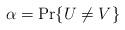
LaTeX: \begin{align*}\alpha = \Pr\{U\ne V\} \end{align*}